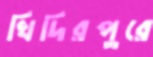
খিদিরপুরে